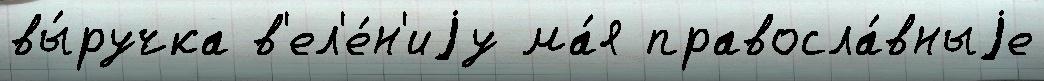
вы́ручка в'ел'е́н'иjу ма́я правосла́вныjе